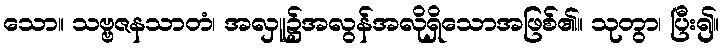
သော။ သဗ္ဗဇနသာတံ၊ အလှူ၌အလွန်အလိုရှိသောအဖြစ်၏။ သုတွာ၊ ပြီး၍။